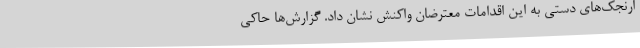
ارنجک‌های دستی به این اقدامات معترضان واکنش نشان داد. گزارش‌ها حاکی